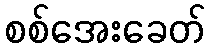
စစ်အေးခေတ်